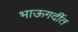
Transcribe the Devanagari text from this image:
भाऊगर्दीत